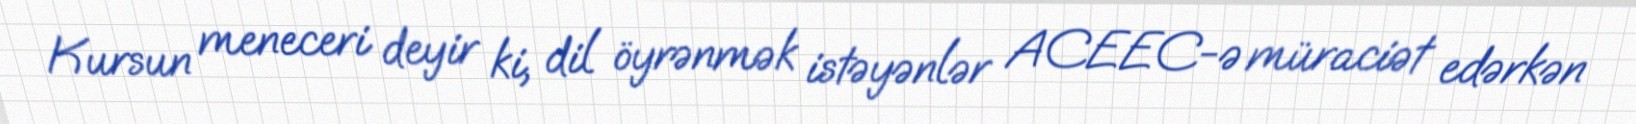
Kursun meneceri deyir ki, dil öyrənmək istəyənlər ACEEC-ə müraciət edərkən